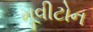
મૂવીટોન